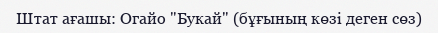
Штат ағашы: Огайо "Букай" (бұғының көзі деген сөз)